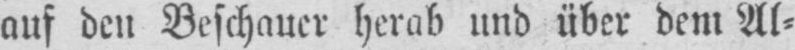
auf den Beschauer herab und über dem Al⸗